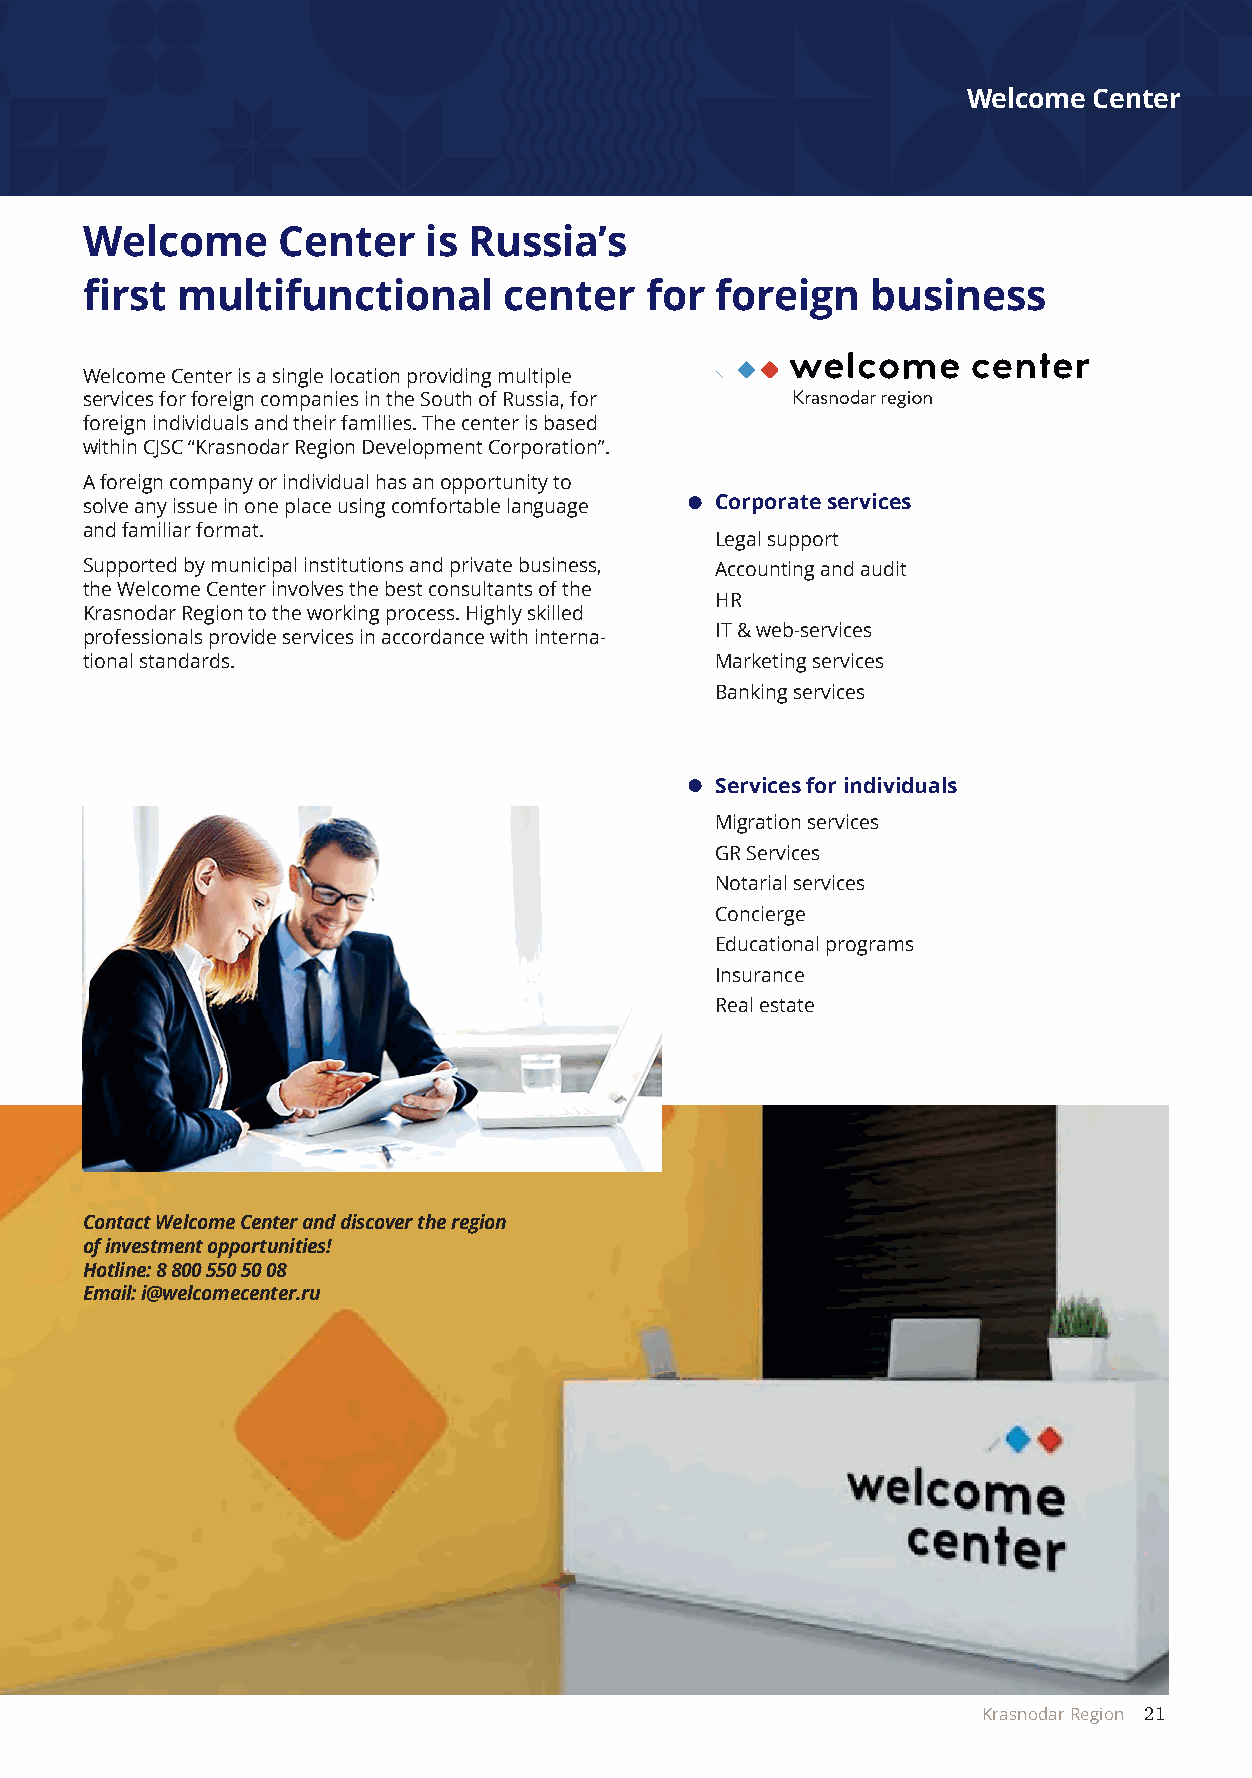
Welcome Center
 Welcome     Center    is Russia’s
 first multifunctional      center    for foreign    business
 Welcome Center is a single location providing multiple
 services for foreign companies in the South of Russia, for
 foreign individuals and their families. The center is based
 within CJSC “Krasnodar Region Development Corporation”.
 A foreign company or individual has an opportunity to
 solve any issue in one place using comfortable language Corporate services
 and familiar format.
 Legal support
 Supported by municipal institutions and private business, Accounting and audit
 the Welcome Center involves the best consultants of the
 HR
 Krasnodar Region to the working process. Highly skilled
 IT & web-services
 professionals provide services in accordance with interna-
 tional standards.                        Marketing services
 Banking services
 Services for individuals
 Migration services
 GR Services
 Notarial services
 Concierge
 Educational programs
 Insurance
 Real estate
 Contact Welcome Center and discover the region
 of investment opportunities!
 Hotline: 8 800 550 50 08
 Email: i@welcomecenter.ru
 Krasnodar Region 21